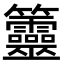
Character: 䉹